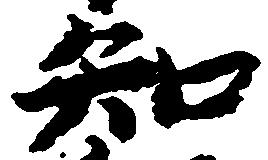
知